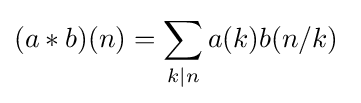
(a*b)(n)=\sum _{k\mid n}a(k)b(n/k)\